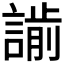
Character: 𧫌